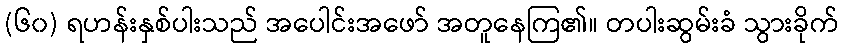
(၆၀) ရဟန်းနှစ်ပါးသည် အပေါင်းအဖော် အတူနေကြ၏။ တပါးဆွမ်းခံ သွားခိုက်